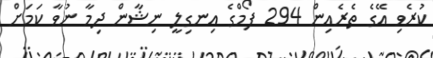
ކުރެވި އޭގެ ތެރެއިން 294 ފޯމްގެ އިނގިލީ ނިޝާން ދިމާ ނުވާ ކަމަށް